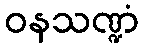
ဝနသဏ္ဍံ